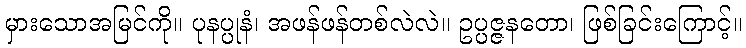
မှားသောအမြင်ကို။ ပုနပ္ပုနံ၊ အဖန်ဖန်တစ်လဲလဲ။ ဥပ္ပဇ္ဇနတော၊ ဖြစ်ခြင်းကြောင့်။